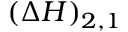
( \Delta H ) _ { 2 , 1 }